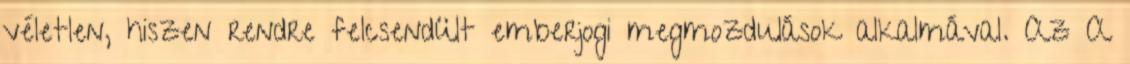
véletlen, hiszen rendre felcsendült emberjogi megmozdulások alkalmával. Az A